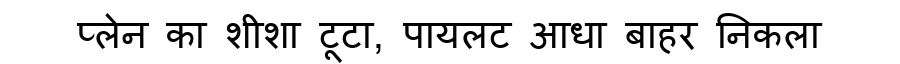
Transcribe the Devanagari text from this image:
प्लेन का शीशा टूटा, पायलट आधा बाहर निकला